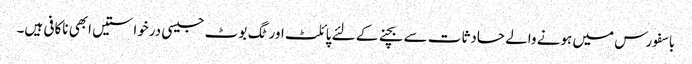
باسفورس میں ہونے والے حادثات سے بچنے کے لئے پائلٹ اور ٹگ بوٹ جیسی درخواستیں ابھی ناکافی ہیں۔